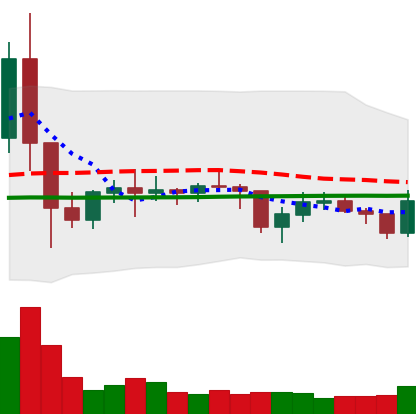
Ticker: EOS-USD
Chart end date: 2021-01-28
Forward return: 10.554%
Label: up_7plus